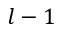
l - 1